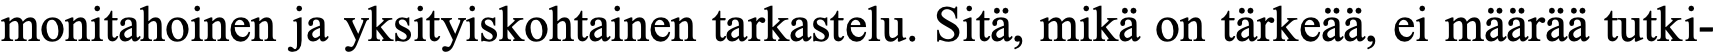
monitahoinen ja yksityiskohtainen tarkastelu. Sitä, mikä on tärkeää, ei määrää tutki-